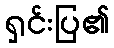
ရှင်းပြ၏